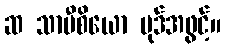
ဆ သာမီစိယော ပုဒ်အဖွင့်။